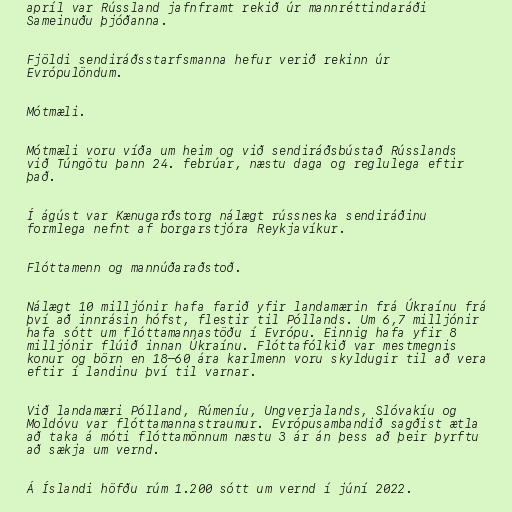
apríl var Rússland jafnframt rekið úr mannréttindaráði
Sameinuðu þjóðanna.

Fjöldi sendiráðsstarfsmanna hefur verið rekinn úr
Evrópulöndum.

Mótmæli.

Mótmæli voru víða um heim og við sendiráðsbústað Rússlands
við Túngötu þann 24. febrúar, næstu daga og reglulega eftir
það.

Í ágúst var Kænugarðstorg nálægt rússneska sendiráðinu
formlega nefnt af borgarstjóra Reykjavíkur.

Flóttamenn og mannúðaraðstoð.

Nálægt 10 milljónir hafa farið yfir landamærin frá Úkraínu frá
því að innrásin hófst, flestir til Póllands. Um 6,7 milljónir
hafa sótt um flóttamannastöðu í Evrópu. Einnig hafa yfir 8
milljónir flúið innan Úkraínu. Flóttafólkið var mestmegnis
konur og börn en 18–60 ára karlmenn voru skyldugir til að vera
eftir í landinu því til varnar.

Við landamæri Pólland, Rúmeníu, Ungverjalands, Slóvakíu og
Moldóvu var flóttamannastraumur. Evrópusambandið sagðist ætla
að taka á móti flóttamönnum næstu 3 ár án þess að þeir þyrftu
að sækja um vernd.

Á Íslandi höfðu rúm 1.200 sótt um vernd í júní 2022.